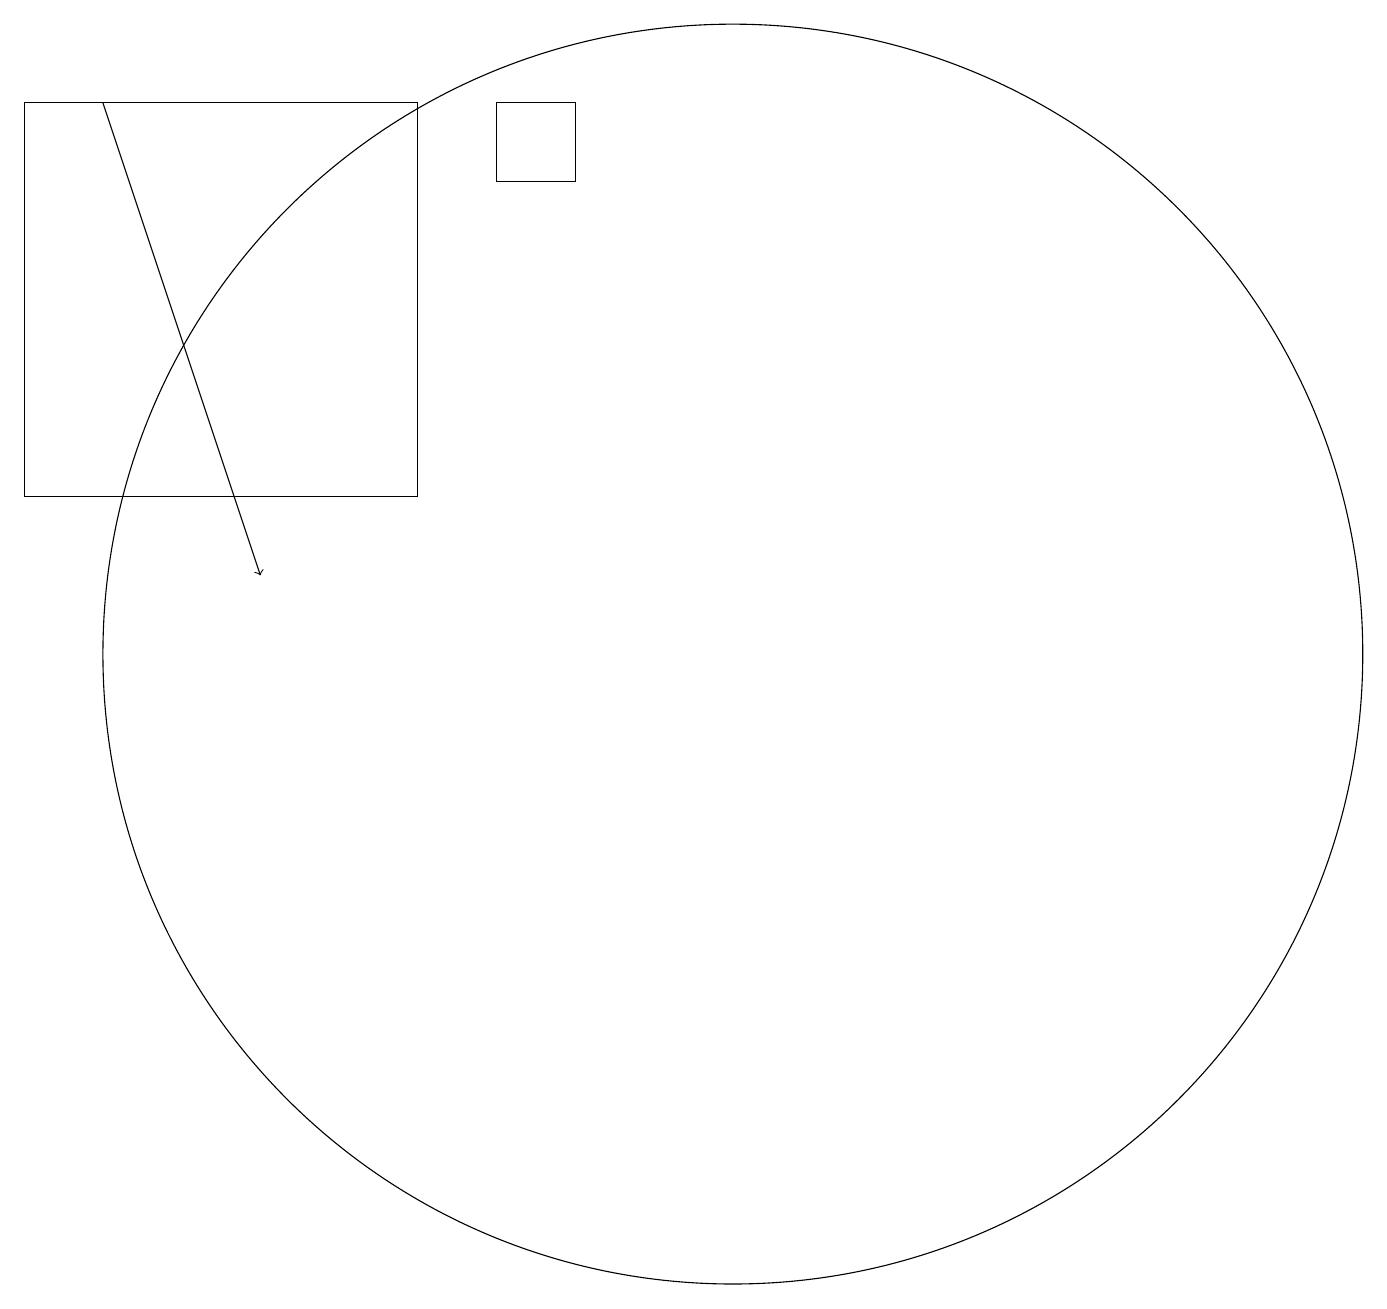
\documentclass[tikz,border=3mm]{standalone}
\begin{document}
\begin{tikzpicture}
\draw (11,11) circle (8);
\draw[->] (3,18) -- (5,12);
\draw (7,18) rectangle (2,13);
\draw (9,17) rectangle (8,18);
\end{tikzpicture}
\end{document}